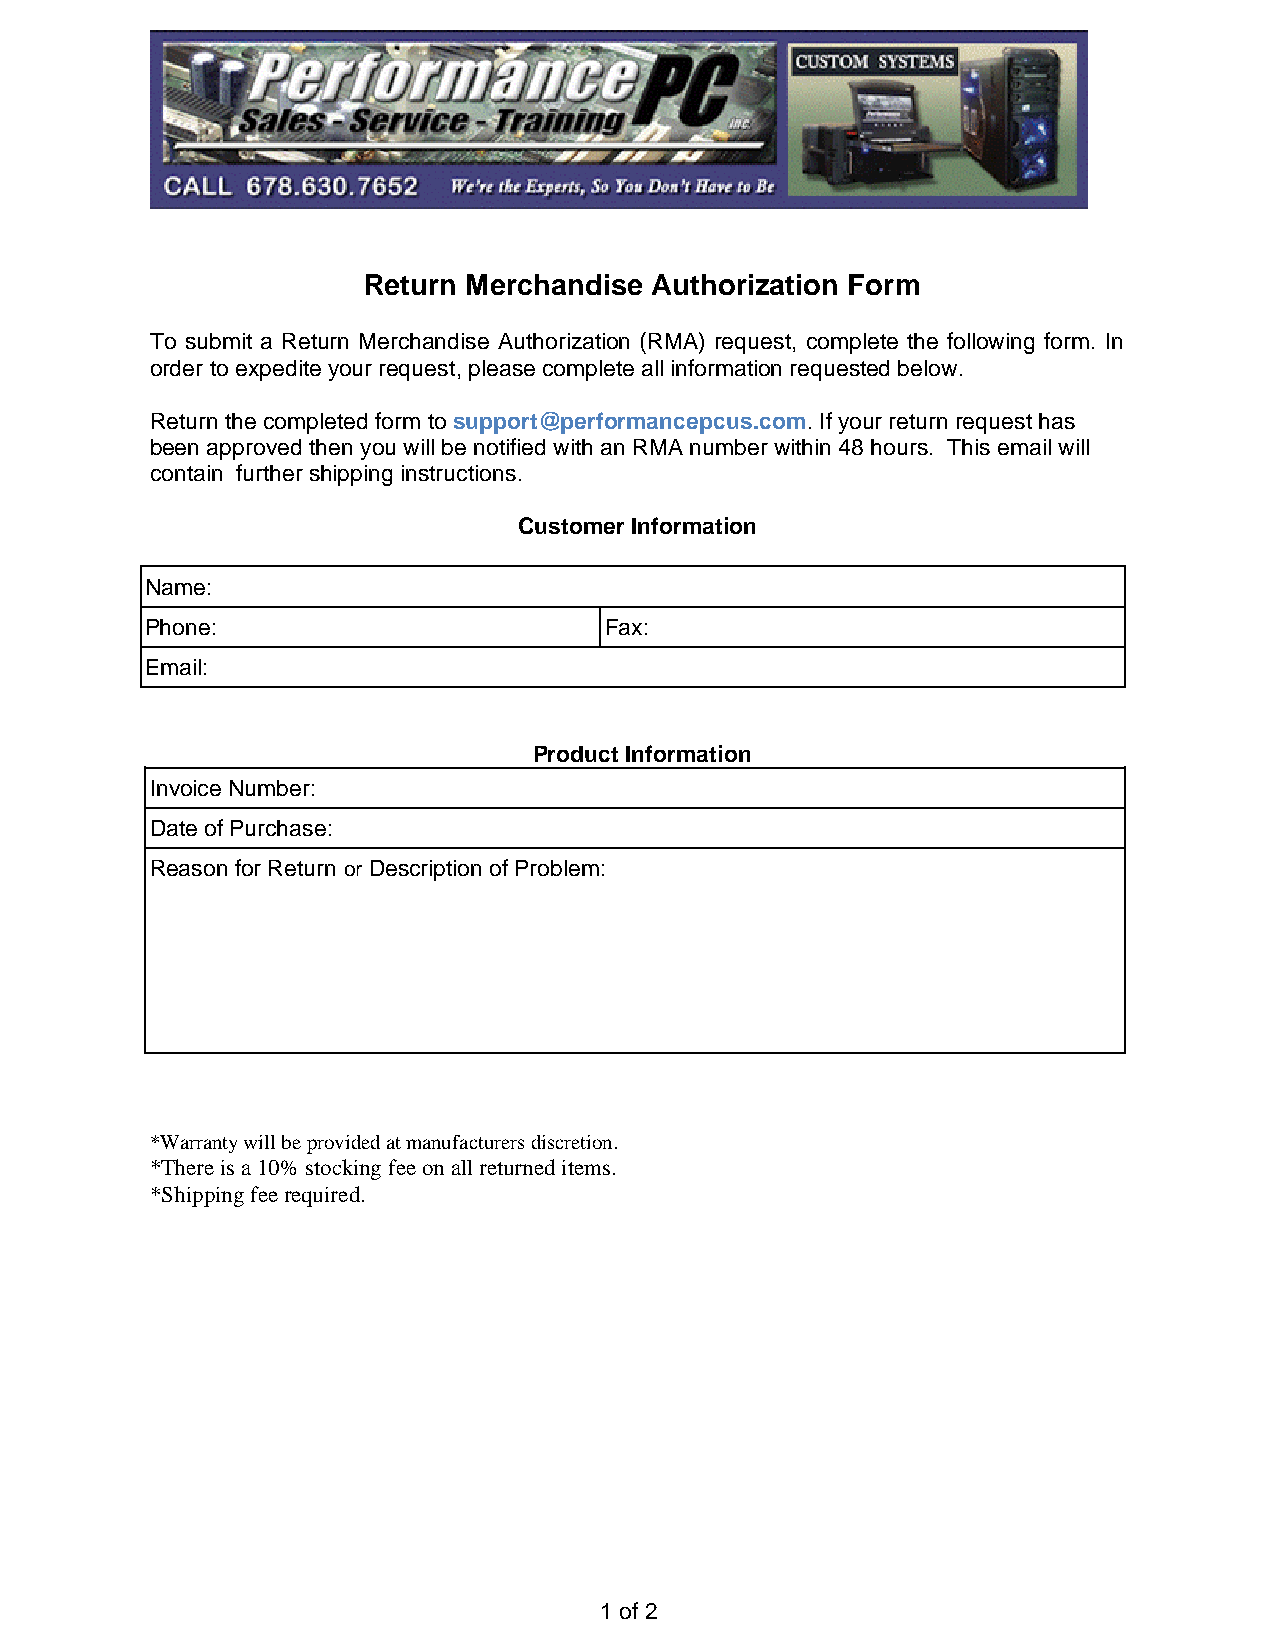
Return Merchandise Authorization Form
 To submit a Return Merchandise Authorization (RMA) request, complete the following form. In
 order to expedite your request, please complete all information requested below.
 Return the completed form to support@performancepcus.com. If your return request has
 been approved then you will be notified with an RMA number within 48 hours. This email will
 contain further shipping instructions.
 Customer Information
 Name:
 Phone:                        Fax:
 Email:
 Product Information
 Invoice Number:
 Date of Purchase:
 Reason for Return or Description of Problem:
 *Warranty will be provided at manufacturers discretion.
 *There is a 10% stocking fee on all returned items.
 *Shipping fee required.
 1 of 2